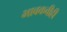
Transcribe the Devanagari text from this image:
भावकवीही